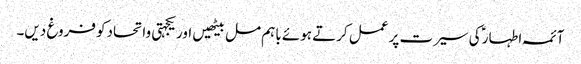
آئمہ اطہار ؑکی سیرت پر عمل کرتے ہوئے باہم مل بیٹھیں اور یکجہتی واتحادکو فروغ دیں۔